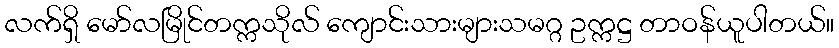
လက်ရှိ မော်လမြိုင်တက္ကသိုလ် ကျောင်းသားများသမဂ္ဂ ဥက္ကဋ္ဌ တာဝန်ယူပါတယ်။